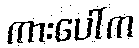
ကားပေါ်က